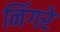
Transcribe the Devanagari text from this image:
निंगरे